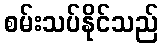
စမ်းသပ်နိုင်သည်